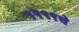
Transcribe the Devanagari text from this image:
१९९९चे